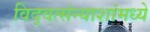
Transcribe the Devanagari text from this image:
विद्वत्संन्याशांमध्ये